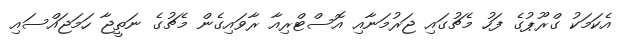
އެކަމަކު ގްރޫޕުގެ ފަހު މެޗުގައި ޖަރުމަނާއި އޮސްޓްރިއާ ރާވައިގެން މެޗުގެ ނަތީޖާ ހަމަޖައްސައި